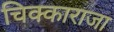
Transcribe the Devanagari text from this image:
चिक्काराजा